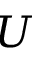
U